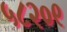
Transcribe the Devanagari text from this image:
५८२०९